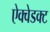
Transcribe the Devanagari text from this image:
ऐक्वेडक्ट